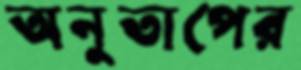
অনুতাপের